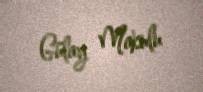
Gülay Makulu